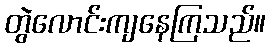
တွဲလောင်းကျနေကြသည်။